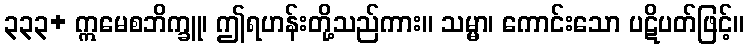
၃၃၃+ ဣမေစဘိက္ခူ၊ ဤရဟန်းတို့သည်ကား။ သမ္မာ၊ ကောင်းသော ပဋိပတ်ဖြင့်။